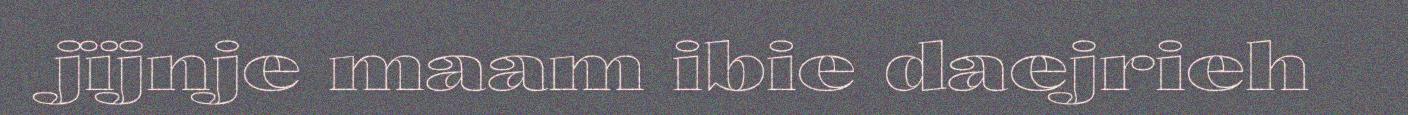
jïjnje maam ibie daejrieh